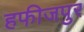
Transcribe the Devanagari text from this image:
हफीजपुर